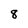
Character: 8